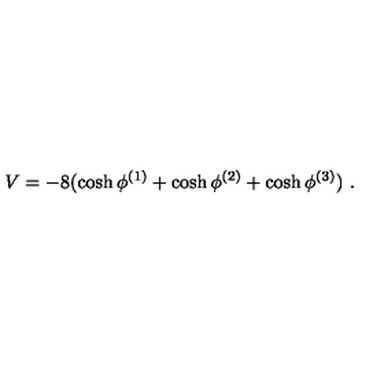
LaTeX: V = - 8 ( \cosh \phi ^ { ( 1 ) } + \cosh \phi ^ { ( 2 ) } + \cosh \phi ^ { ( 3 ) } ) \ .